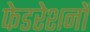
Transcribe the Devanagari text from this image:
फेडरेशनों